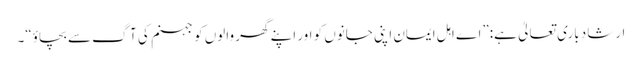
ارشادِ باری تعالیٰ ہے:”اے اہل ایمان اپنی جانوں کو اور اپنے گھر والوں کو جہنم کی آگ سے بچاؤ“۔